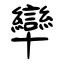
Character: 卛